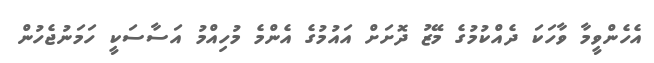
އެހެންވީމާ ވާހަކަ ދެއްކުމުގެ މޭޒު ދޮށަށް އައުމުގެ އެންމެ މުހިއްމު އަސާސަކީ ހަމަނުޖެހުން